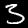
Label: 3